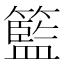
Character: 籃